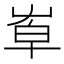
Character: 𡴙